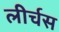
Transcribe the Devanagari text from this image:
लीर्चस